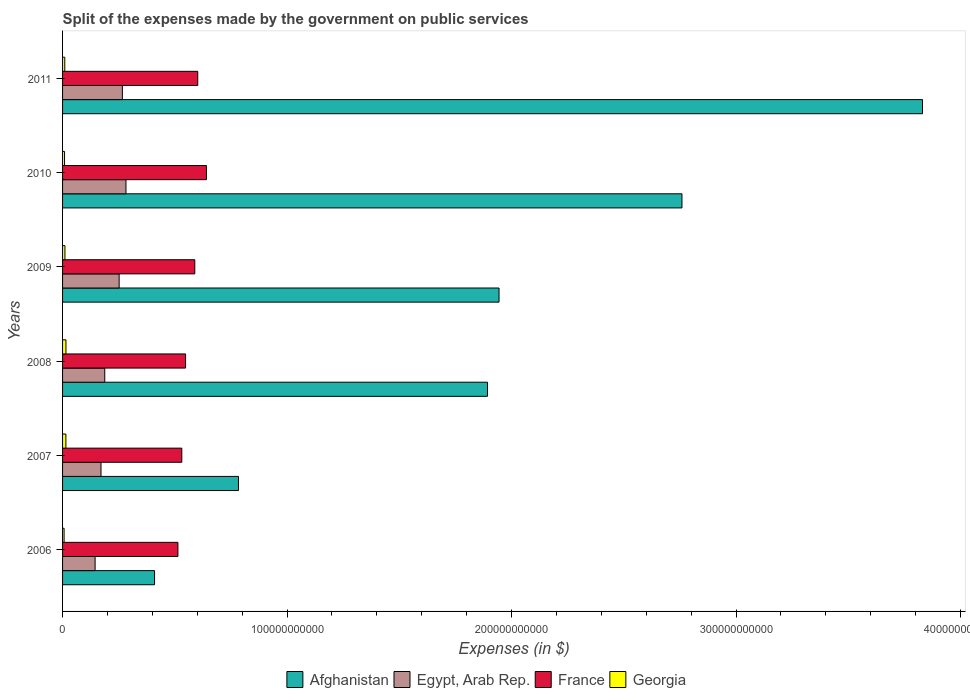
| Years | Afghanistan | Egypt, Arab Rep. | France | Georgia |
 | --- | --- | --- | --- | --- |
 | 2006 | 4.1e+10 | 1.45e+10 | 5.14e+10 | 6.78e+08 |
 | 2007 | 7.84e+10 | 1.71e+10 | 5.31e+10 | 1.48e+09 |
 | 2008 | 1.89e+11 | 1.88e+10 | 5.48e+10 | 1.51e+09 |
 | 2009 | 1.94e+11 | 2.52e+10 | 5.89e+10 | 1.06e+09 |
 | 2010 | 2.76e+11 | 2.82e+10 | 6.41e+10 | 8.82e+08 |
 | 2011 | 3.83e+11 | 2.66e+10 | 6.02e+10 | 9.89e+08 |